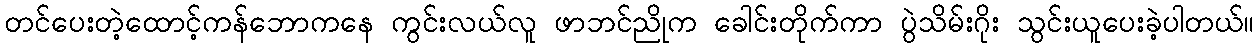
တင်ပေးတဲ့ထောင့်ကန်ဘောကနေ ကွင်းလယ်လူ ဖာဘင်ညိုက ခေါင်းတိုက်ကာ ပွဲသိမ်းဂိုး သွင်းယူပေးခဲ့ပါတယ်။